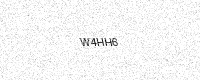
Text: W4HH6